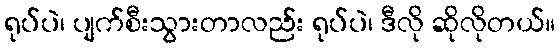
ရုပ်ပဲ၊ ပျက်စီးသွားတာလည်း ရုပ်ပဲ၊ ဒီလို ဆိုလိုတယ်။